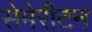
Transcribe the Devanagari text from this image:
सेमेरीटन